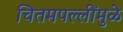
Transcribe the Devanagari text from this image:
चितमपल्लींमुळे